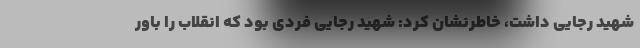
شهید رجایی داشت، خاطرنشان کرد: شهید رجایی فردی بود که انقلاب را باور